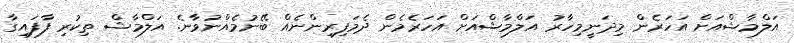
އަލްމާޝްއަށް އަހަރެން މިދަނީމިހާރު އަލްމާޝްއަށް އަހަރެމެން ދެމަފިރިންނެއް ބޭނުމެއްނުވާނެ. އަލްމާޝް ތިކުރި ފާފައިގާ